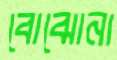
বোঝোনা